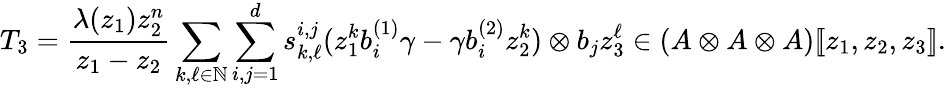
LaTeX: T_{3}=\frac{\lambda(z_{1})z_{2}^{n}}{z_{1}-z_{2}}\sum_{k,\ell\in\mathbb{N}}\sum_{i,j=1}^{d}s_{k,\ell}^{i,j}(z_{1}^{k}b_{i}^{(1)}\gamma-\gamma b_{i}^{(2)}z_{2}^{k})\otimes b_{j}z_{3}^{\ell}\in(A\otimes A\otimes A)[\! [z_{1},z_{2},z_{3}]\! ].